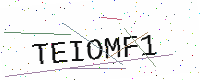
Text: TEIOMF1